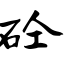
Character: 砼